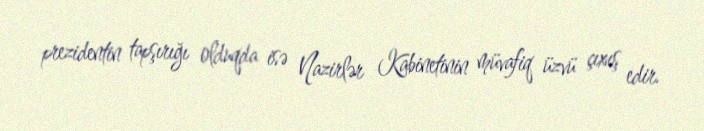
prezidentin tapşırığı olduqda isə Nazirlər Kabinetinin müvafiq üzvü çıxış edir.